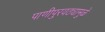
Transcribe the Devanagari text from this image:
पाणीपुरवठ्यामुळे